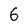
Character: 6